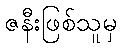
ဇနီးဖြစ်သူမှ